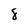
Character: 8